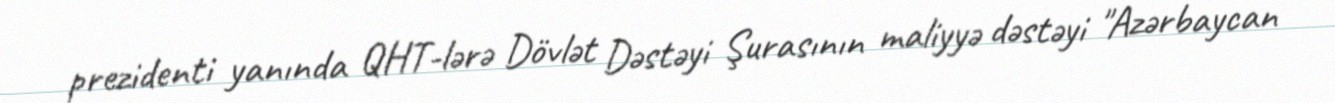
prezidenti yanında QHT-lərə Dövlət Dəstəyi Şurasının maliyyə dəstəyi "Azərbaycan